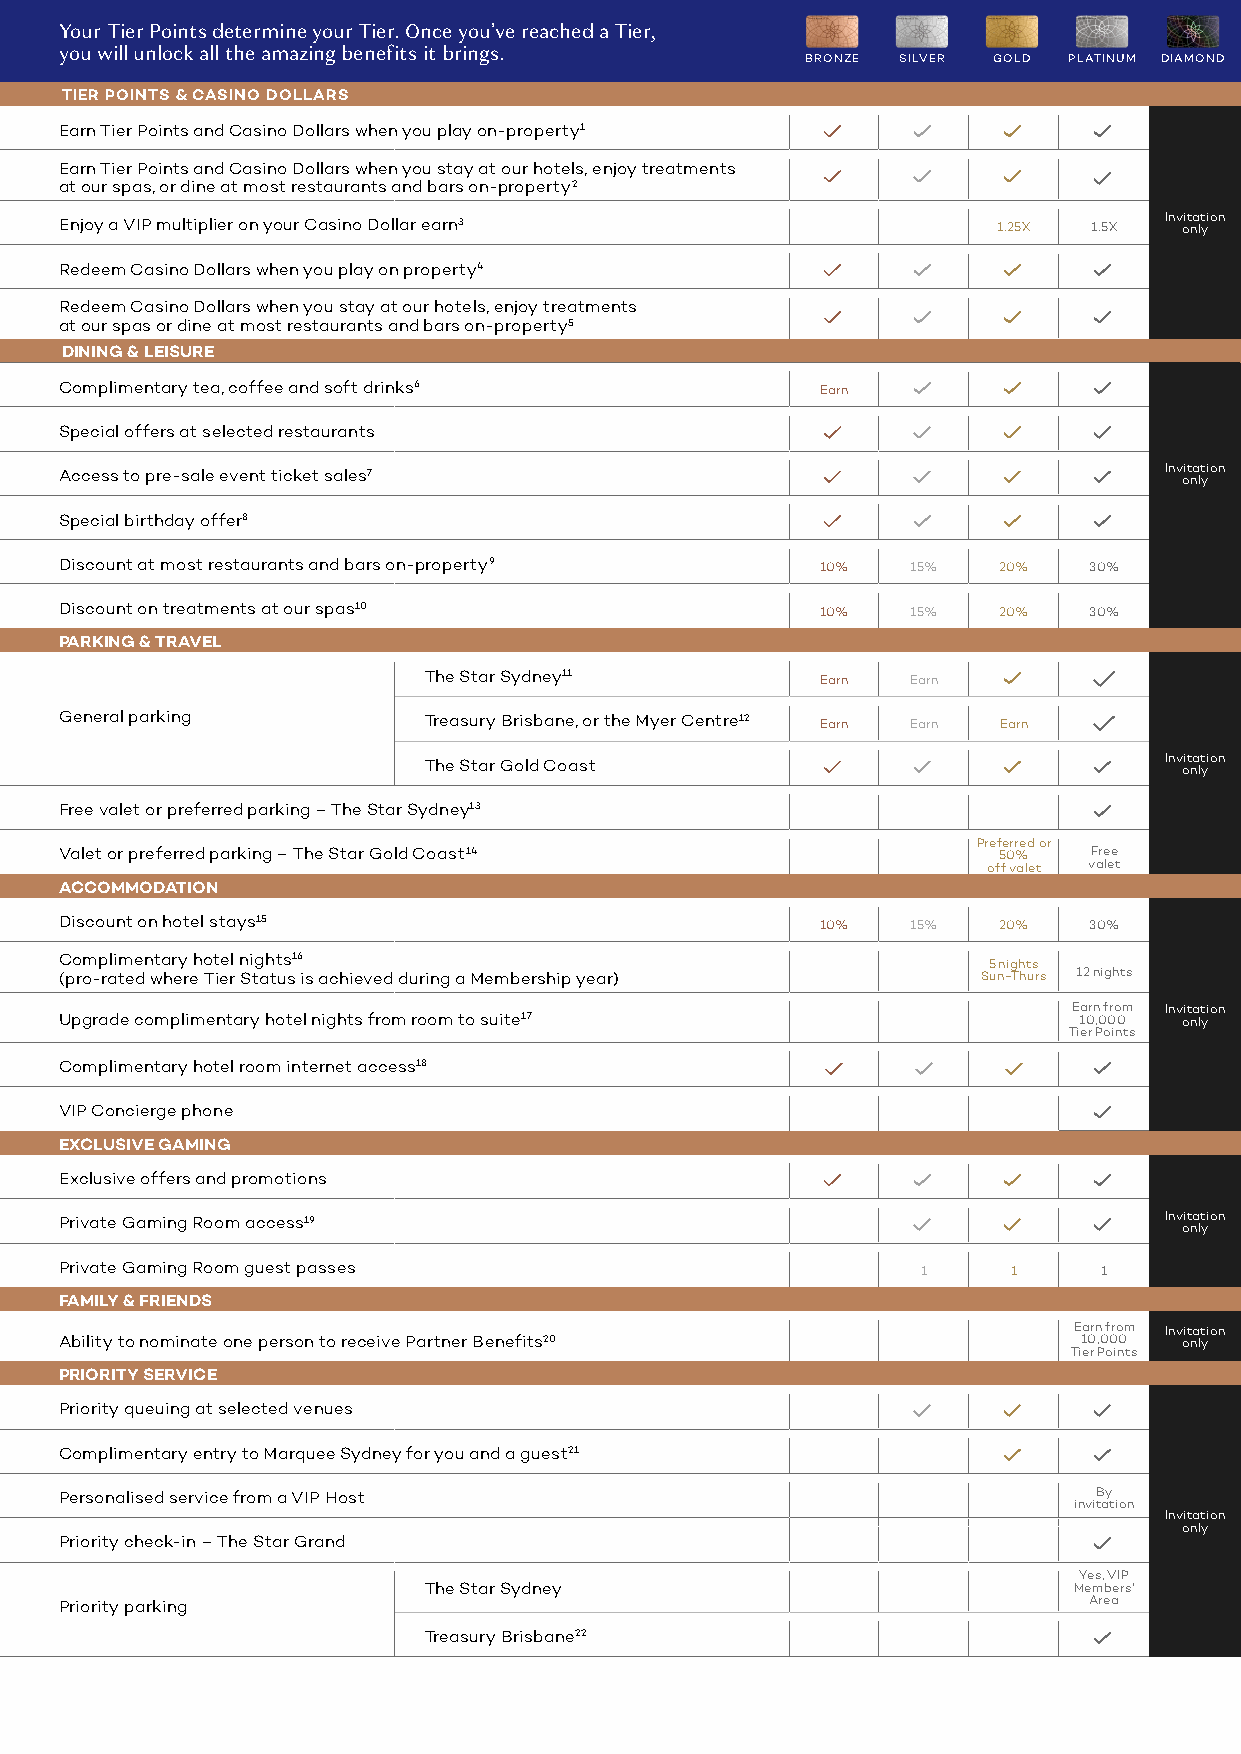
Member Benefits Chart – Standard (Logged Out)
 Your Tier Points determine your Tier. Once you’ve reached a Tier,
 you will unlock all the amazing benefits it brings.
 BRONZE SILVER GOLD PLATINUM DIAMOND
 TIER POINTS & CASINO DOLLARS
 Earn Tier Points and Casino Dollars when you play on-property1
 Earn Tier Points and Casino Dollars when you stay at our hotels, enjoy treatments
 at our spas, or dine at most restaurants and bars on-property2
 Enjoy a VIP multiplier on your Casino Dollar earn3            1.25X 1.5X Inv oit na lt yion
 Redeem Casino Dollars when you play on property4
 Redeem Casino Dollars when you stay at our hotels, enjoy treatments
 at our spas or dine at most restaurants and bars on-property5
 DINING & LEISURE
 Complimentary tea, coffee and soft drinks6        Earn
 Special offers at selected restaurants
 Access to pre-sale event ticket sales7                                   Invitation
 only
 Special birthday offer8
 Discount at most restaurants and bars on-property9 10%  15%   20%   30%
 Discount on treatments at our spas10              10%   15%   20%   30%
 PARKING & TRAVEL
 The Star Sydney11         Earn  Earn
 General parking         Treasury Brisbane, or the Myer Centre12 Earn Earn Earn
 The Star Gold Coast                              Invitation
 only
 Free valet or preferred parking – The Star Sydney13
 Preferred or
 Valet or preferred parking – The Star Gold Coast14            50%   Free
 off valet valet
 ACCOMMODATION
 Discount on hotel stays15                         10%   15%   20%   30%
 Complimentary hotel nights16                                 5 nights
 (pro-rated where Tier Status is achieved during a Membership year) Sun-Thurs 12 nights
 Earn from Invitation
 Upgrade complimentary hotel nights from room to suite17            10,000 only
 Tier Points
 Complimentary hotel room internet access18
 VIP Concierge phone
 EXCLUSIVE GAMING
 Exclusive offers and promotions
 Private Gaming Room access19                                             Invitation
 only
 Private Gaming Room guest passes                         1     1     1
 FAMILY & FRIENDS
 Earn from Invitation
 Ability to nominate one person to receive Partner Benefits20        10,000 only
 Tier Points
 PRIORITY SERVICE
 Priority queuing at selected venues
 Complimentary entry to Marquee Sydney for you and a guest21
 Personalised service from a VIP Host                                 By
 invitation
 Invitation
 only
 Priority check-in – The Star Grand
 Yes, VIP
 The Star Sydney                            Members’
 Priority parking                                                    Area
 Treasury Brisbane22